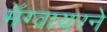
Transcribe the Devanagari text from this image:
मॅग्वायरने